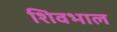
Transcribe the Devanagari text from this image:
शिवभाल